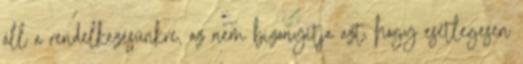
áll a rendelkezésünkre, az nem bizonyítja azt, hogy esetlegesen